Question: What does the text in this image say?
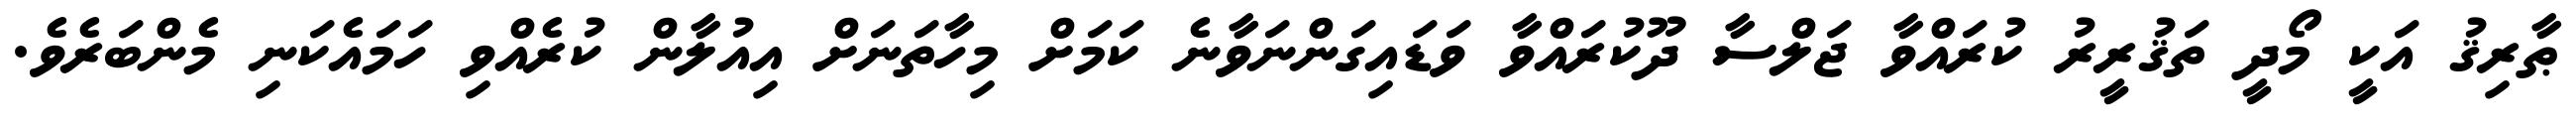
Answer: ޠާރިޤު އަކީ މޯދީ ތަޤުރީރު ކުރައްވާ ޖަލްސާ ދޫކުރައްވާ ވަޑައިގަންނަވާނެ ކަމަށް މިހާތަނަށް އިއުލާން ކުރެއްވި ހަމައެކަނި މެންބަރެވެ.